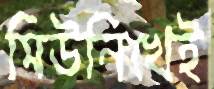
মিউনিখেই